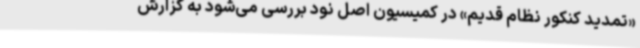
«تمدید کنکور نظام قدیم» در کمیسیون اصل نود بررسی می‌شود به گزارش